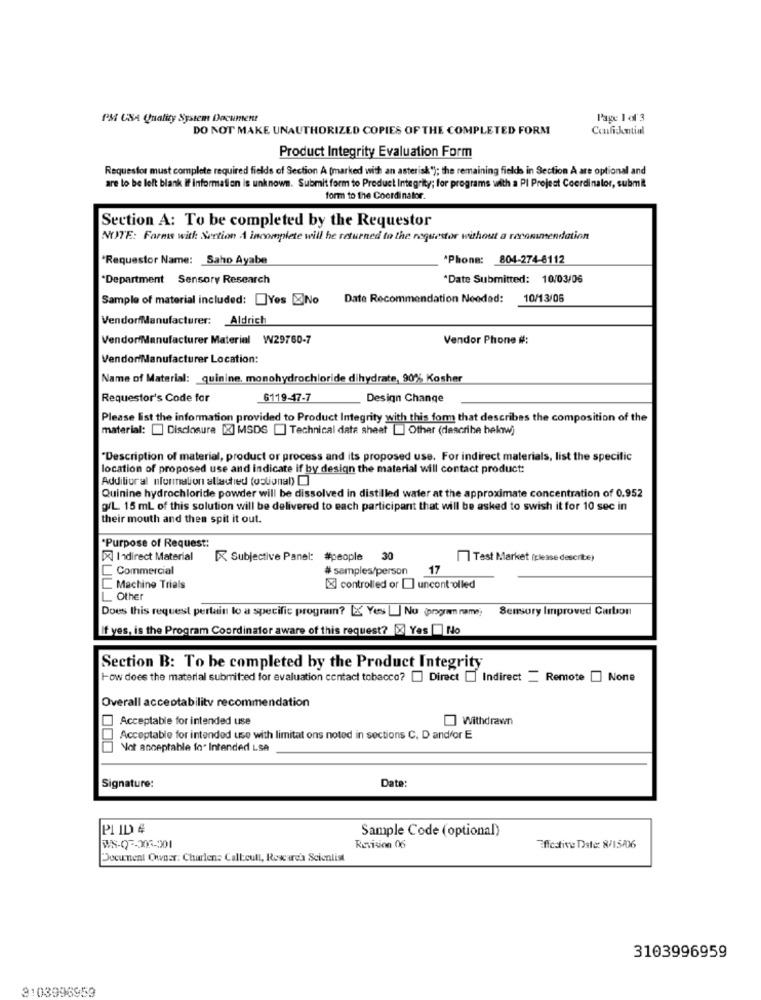
PM USA Quality System Document
Page 1 of 3
DO NOT MAKE UNAUTHORIZED COPIES OF THE COMPLETED FORM
Confickntial
Product Integrity Evaluation Form
Requestor must complete required fields of Section A (marked with an asterisk"); the remaining fields in Section A are optional and
are to be left blank if information is unknown. Submit form to Product Integrity; for programs with a PI Project Coordinator, submit
form to the Coordinator.
Section A: To be completed by the Requestor
NOITE: Farms with Section A incomplete will he returned to the requestor without a recommendation
*Requestor Name: Saho Ayabe
Phone: 804-274-6112
"Department Sensory Research
*Date Submitted: 10/03/06
Sample of material included: Yes ENo
Date Recommendation Needed:
10/13/06
VendorfManufacturer: Aldrich
Vendor/Manufacturer Material W29760-7
Vendor Phone #:
VendorManufacturer Location:
Name of Material: quinine, monohydrochloride dihydrate, 90% Kosher
Requestor's Code for
6119-17-7
Design Change
Please list the information provided to Product Integrity with this form that describes the composition of the
material: [ Disclosure [X] MSDS [] Technical data sheet [] Other (describe below)
"Description of material, product or process and its proposed use. For indirect materials, list the specific
location of proposed use and indicate if by design the material will contact product:
Additional nformation allached (ostional) [
Quinine hydrochloride powder will be dissolved in distilled water at the approximate concentration of 0.952
@L 15 ml of this solution will be delivered to each participant that will be asked to swish it for 10 sec in
their mouth and then spit it out.
"Purpose of Request:
[X] Indirect Material
Subjective Panel: #people 30
Test Market (please describe)
Commercial
# samples/person
17
L Machine Trials
[X] controlled or [] uncontrolled
L Other
Does this request pertain to a specific program? [X Yes ] No progr name;
Sensory Improved Carbon
If yes, is the Program Coordinator aware of this request? X Yes | No
Section B: To be completed by the Product Integrity
How does the material submitted for evaluation contact tobacco? [] Direct [] Indirect _ Remote [] None
Overall acceptability recommendation
Acceptable for intended use
Withdrawn
Acceptable for intended use with limitat ons noted in sections C. D andfor E
Not acceptable fo. Intended LSA
Signature:
Date:
PI ID #
Sample Code (optional)
WS-07-206-201
Revision 06
Effective Date: 8/15/06
Document Owner: Charlene Call:cull, Research Scientist
3103996959
3103996959